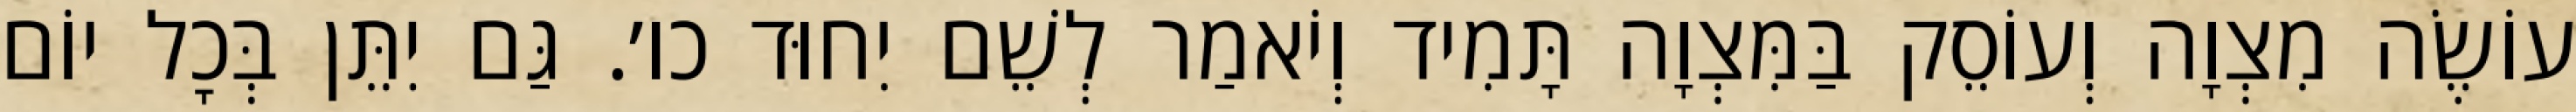
עוֹשֶׂה מִצְוָה וְעוֹסֵק בַּמִּצְוָה תָּמִיד וְיֹאמַר לְשֵׁם יִחוּד כו׳. גַּם יִתֵּן בְּכׇל יוֹם